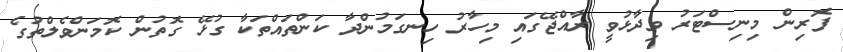
ފޮރިން މިނިސްޓަރު ވިދާޅުވީ ރާއްޖޭގައި މިހާރު ހިނގަމުންދާ ކަންތައްތަކާ ގުޅޭ ގޮތުން ކޮމަންވެލްތުގެ